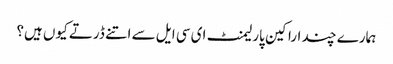
ہمارے چند اراکین پارلیمنٹ ای سی ایل سے اتنے ڈرتے کیوں ہیں؟